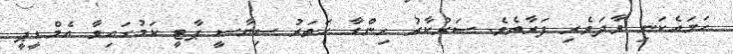
ހަމައެކަނި ވާދަވެރި ފަރާތެވެ. ސަރުކާރު ހިންގާ ހަތަރު ސިޔާސީ ޕާޓީ ކަމުގައިވާ އެމްޑީޕީ